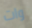
وات